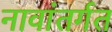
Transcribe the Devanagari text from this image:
नावांतर्गत